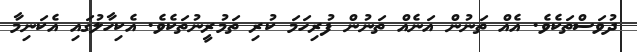
ދުވަސްތަކެވެ. އެއް ތަނުން އަނެއް ތަނުން ފުރިހަމަ ކުރި ތަމުރީނުތަކެވެ. އެކިހާލުގައި އެކަނިމާ